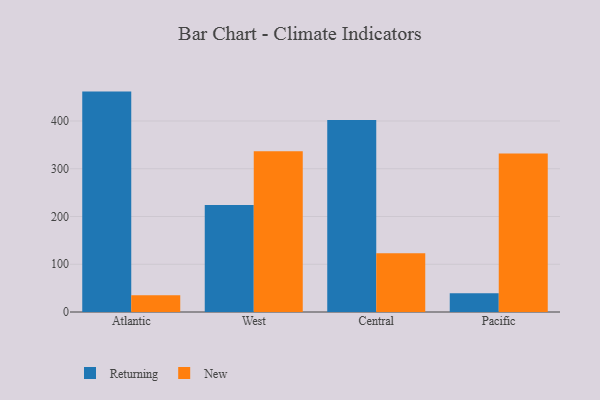
{"axis": {"x": "Region", "y": "Satisfaction Score"}, "legend": ["New", "Returning"], "data": [{"x": "Atlantic", "y": 461.6, "type": "Returning"}, {"x": "Atlantic", "y": 35.3, "type": "New"}, {"x": "West", "y": 224.3, "type": "Returning"}, {"x": "West", "y": 336.8, "type": "New"}, {"x": "Central", "y": 402.2, "type": "Returning"}, {"x": "Central", "y": 122.8, "type": "New"}, {"x": "Pacific", "y": 39.3, "type": "Returning"}, {"x": "Pacific", "y": 332.2, "type": "New"}]}